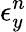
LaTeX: \epsilon_{y}^{n}